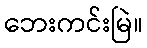
ဘေးကင်းမြဲ။